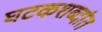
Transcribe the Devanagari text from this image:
घटकशब्दांत